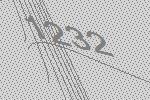
1232